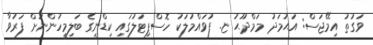
ވަގުތު އިމޭޖަސް: އަޙުމަދު މަމްދޫޙު ޏ. ފުވައްމުލަކު ހޮސްޕިޓަލުގައި ކިޑްނީގެ ބަލިމީހުންނަށް ފަރުވާ